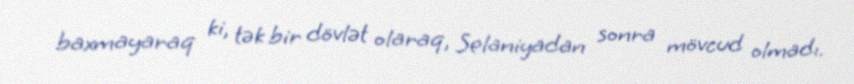
baxmayaraq ki, tək bir dövlət olaraq, Selaniyadan sonra mövcud olmadı.